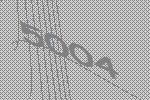
5004